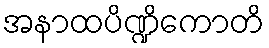
အနာထပိဏ္ဍိကောတိ